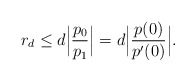
\begin{align*}r_d\le d\Big|\frac{p_0}{p_1}\Big|=d\Big|\frac{p(0)}{p'(0)}\Big|.\end{align*}